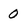
Character: O